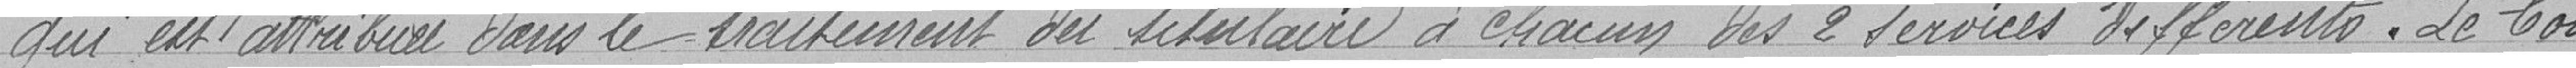
qui est attribuée dans le traitement du titulaire à chacun des 2 services différents. Le Conseil